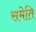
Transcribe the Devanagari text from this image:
समेति